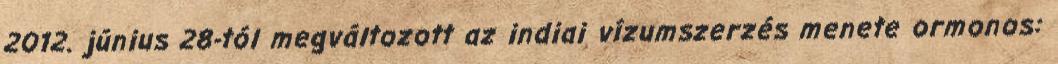
2012. június 28-tól megváltozott az indiai vízumszerzés menete ormonos: